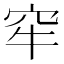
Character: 窂